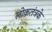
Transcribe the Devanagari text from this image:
लोकतंत्रके